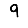
Digit: 9